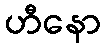
ဟီနော